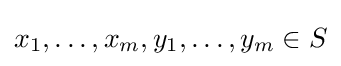
x_{1},\dots ,x_{m},y_{1},\dots ,y_{m}\in S